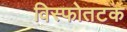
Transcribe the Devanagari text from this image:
विस्फोतटक